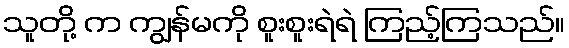
သူတို့ က ကျွန်မကို စူးစူးရဲရဲ ကြည့်ကြသည်။